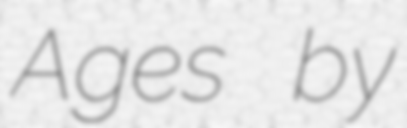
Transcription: Ages by